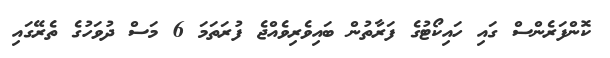
ކޮންފަރެންސް ގައި ހައިކޯޓުގެ ފަރާތުން ބައިވެރިވެއްޖެ ފުރަތަމަ 6 މަސް ދުވަހުގެ ތެރޭގައި